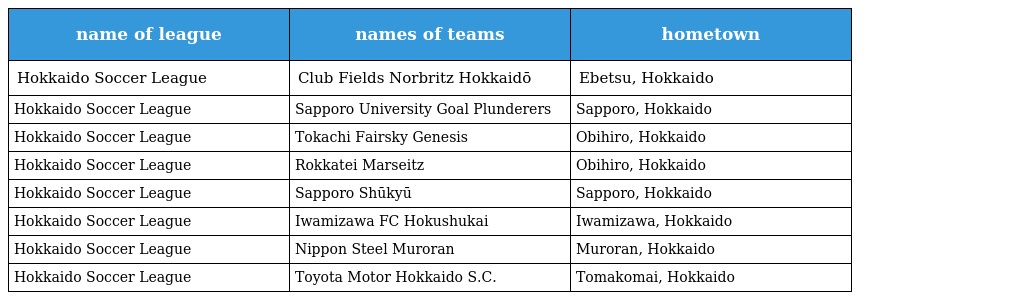
| name of league | names of teams | hometown |
 | --- | --- | --- |
 | Hokkaido Soccer League 北海道サッカーリーグ | Club Fields Norbritz Hokkaidō | Ebetsu, Hokkaido |
 | Hokkaido Soccer League 北海道サッカーリーグ | Sapporo University Goal Plunderers | Sapporo, Hokkaido |
 | Hokkaido Soccer League 北海道サッカーリーグ | Tokachi Fairsky Genesis | Obihiro, Hokkaido |
 | Hokkaido Soccer League 北海道サッカーリーグ | Rokkatei Marseitz | Obihiro, Hokkaido |
 | Hokkaido Soccer League 北海道サッカーリーグ | Sapporo Shūkyū | Sapporo, Hokkaido |
 | Hokkaido Soccer League 北海道サッカーリーグ | Iwamizawa FC Hokushukai | Iwamizawa, Hokkaido |
 | Hokkaido Soccer League 北海道サッカーリーグ | Nippon Steel Muroran | Muroran, Hokkaido |
 | Hokkaido Soccer League 北海道サッカーリーグ | Toyota Motor Hokkaido S.C. | Tomakomai, Hokkaido |